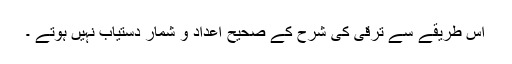
اس طریقے سے ترقی کی شرح کے صحیح اعداد و شمار دستیاب نہیں ہوتے ۔